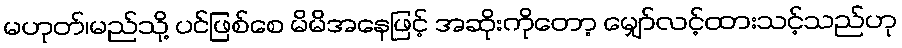
မဟုတ်၊မည်သို့ ပင်ဖြစ်စေ မိမိအနေဖြင့် အဆိုးကိုတော့ မျှော်လင့်ထားသင့်သည်ဟု